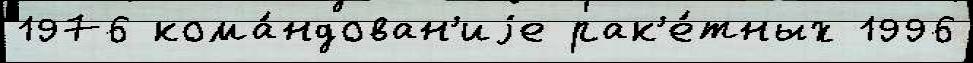
1976 кома́ндован'иjе рак'е́тных 1996